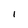
Character: I